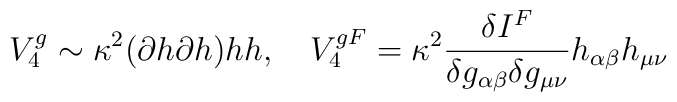
V^{g}_4\sim \kappa^2 (\partial h\partial h) h h, \ \ \ V_4^{gF}=\kappa^2  \frac{\delta I^F}{\delta g_{\alpha\beta}\delta g_{\mu\nu}}h_{\alpha\beta} h_{\mu\nu}